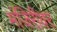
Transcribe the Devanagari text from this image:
मंजिरीवर